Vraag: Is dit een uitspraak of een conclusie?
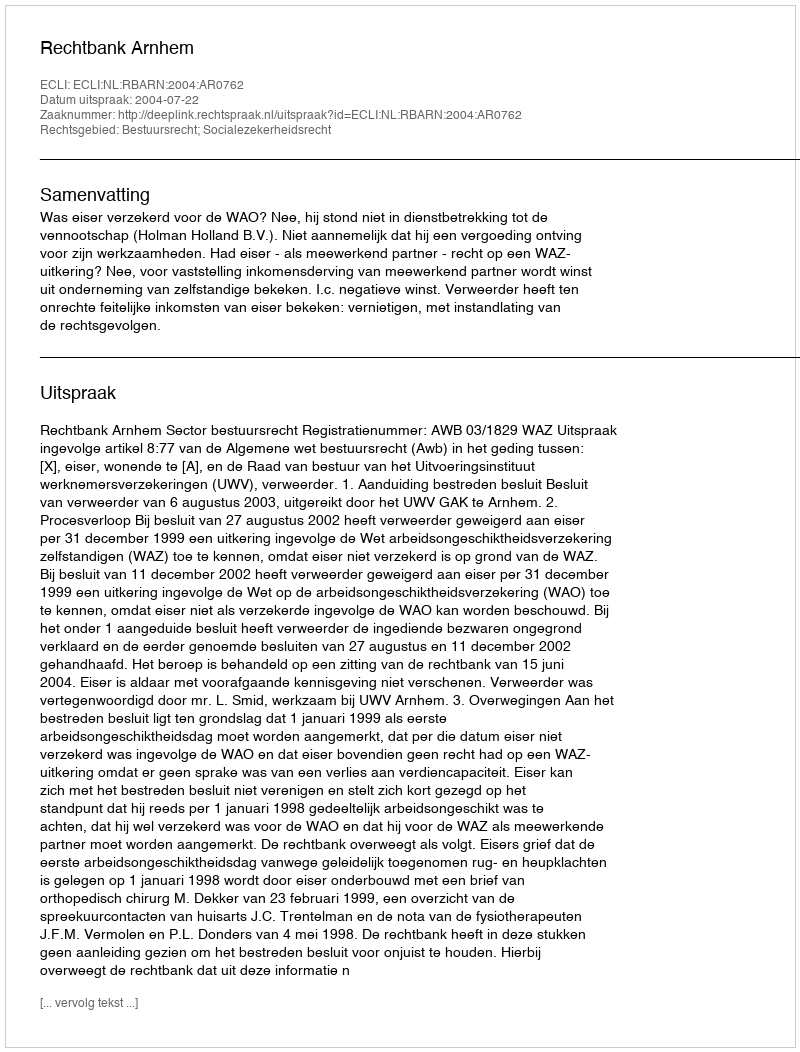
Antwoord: Uitspraak